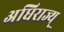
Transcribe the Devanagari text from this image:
अधिराज्य्